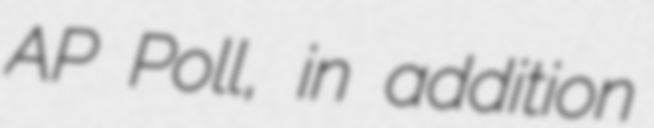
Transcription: AP Poll, in addition